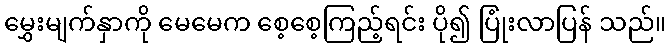
မွှေးမျက်နှာကို မေမေက စေ့စေ့ကြည့်ရင်း ပို၍ ပြုံးလာပြန် သည်။